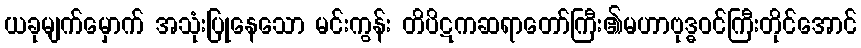
ယခုမျက်မှောက် အသုံးပြုနေသော မင်းကွန်း တိပိဋကဆရာတော်ကြီး၏မဟာဗုဒ္ဓဝင်ကြီးတိုင်အောင်